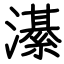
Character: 濝